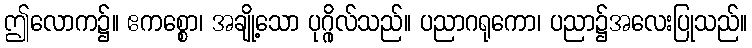
ဤလောက၌။ ဧကစ္စော၊ အချို့သော ပုဂ္ဂိုလ်သည်။ ပညာဂရုကော၊ ပညာ၌အလေးပြုသည်။